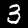
Label: 3